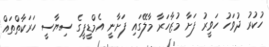
ހުކުރު ދުވަހު ހަވީރު ފަށާ މުޒާހަރާ މާލޭގައި ފަށާނީ އެމްޑީޕީގެ ސިޔާސީ ހަރަކާތްތައް